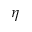
\boldsymbol { \eta }